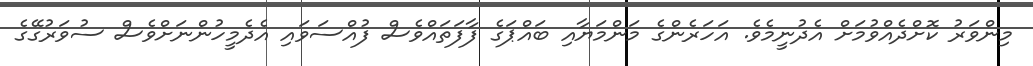
މިންވަރު ކޮށްދެއްވުމަށް އެދުނީމެވެ. އަހަރެންގެ މަންމަޔާއި ބައްޕަގެ ފާފަތައްވެސް ފުއްސަވައި އެދެމީހުންނަށްވެސް ސުވަރުގޭގެ